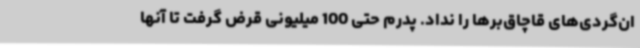
ان‌گردی‌های قاچاق‌برها را نداد. پدرم حتی 100 میلیونی قرض گرفت تا آنها